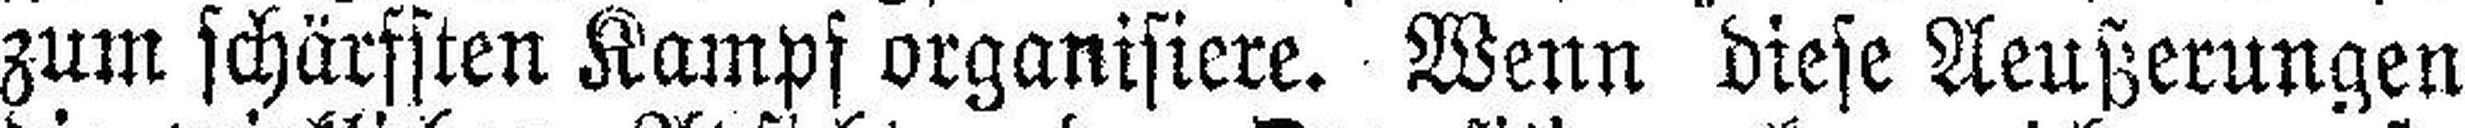
zum schärfsten Kampf organisiere. Wenn diese Aeußerungen